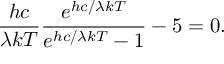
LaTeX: { \frac { h c } { \lambda k T } } { \frac { e ^ { h c / \lambda k T } } { e ^ { h c / \lambda k T } - 1 } } - 5 = 0 .